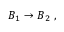
{ \cal B } _ { 1 } \rightarrow { \cal B } _ { 2 } \ ,